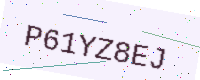
Text: P61YZ8EJ